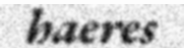
haeres